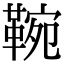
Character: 䩩